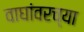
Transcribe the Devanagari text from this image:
वाघांवरच्या